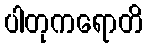
ပါတုကရောတိ